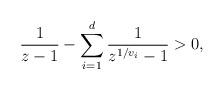
LaTeX: \begin{align*} \frac{1}{z - 1} - \sum_{i=1}^d \frac{1}{z^{1/v_i} - 1} > 0, \end{align*}